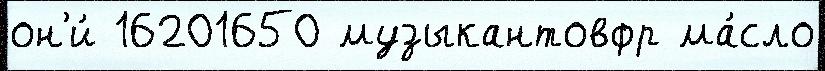
он'и́ 16201650 музыкантовфр ма́сло